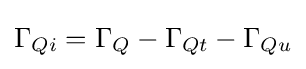
\Gamma _{Qi}=\Gamma _{Q}-\Gamma _{Qt}-\Gamma _{Qu}